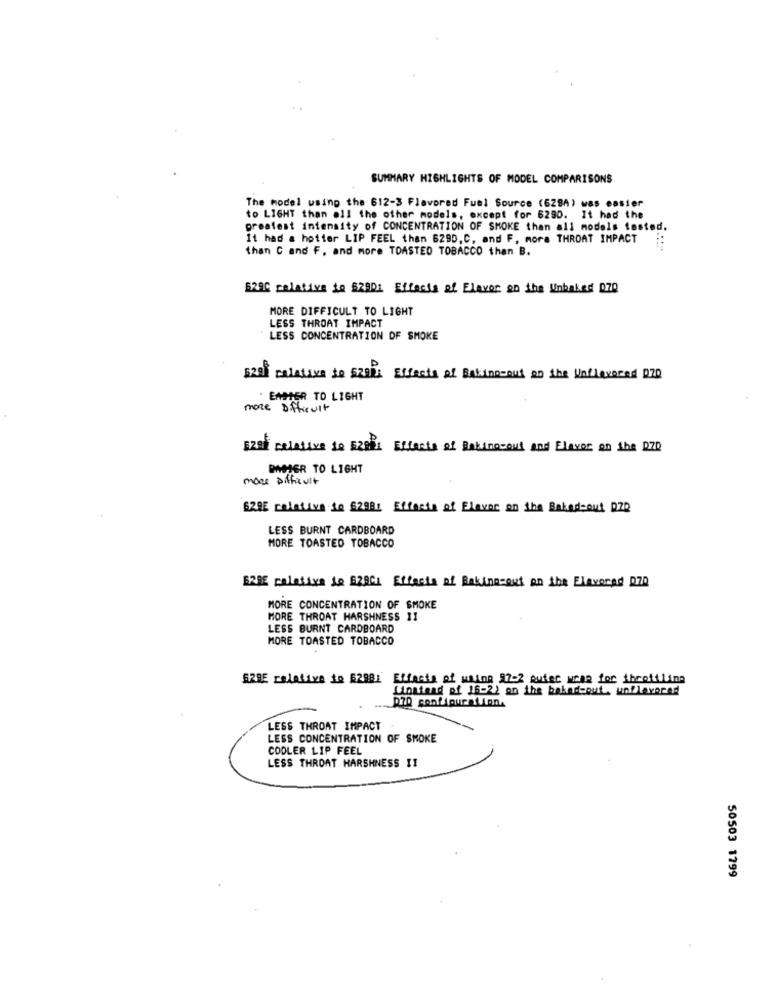
SUMMARY HIGHLIGHTS OF MODEL COMPARISONS
The model using the 612-3 Flavored Fuel Source (628A) was easier
to LIGHT than all the other models, except for 6290. It had the
greatest intensity of CONCENTRATION OF SMOKE than all models tested.
It had a hotter LIP FEEL than 6290, C, and F, mora THROAT IMPACT
than C and F. and more TOASTED TOBACCO than B.
629C relative to 52901 Effects of Elever on the Unbaked 070
MORE DIFFICULT TO LIGHT
LESS THROAT IMPACT
LESS CONCENTRATION OF SMOKE
szal calataxa de SZER: Effects of Baking-out on the Unflavored 070
. EASIER TO LIGHT
more Difficult
szal relative io E281 Effects of Baking-out and Elavor on the DID
POTER TO LIGHT
more Difficult
628E relative So 62881 Effects of Flavor on the Baked-out DID
LESS BURNT CARDBOARD
MORE TOASTED TOBACCO
B2BE calativa je 62901 Effasta af Rakinesout an the Elavorad D70
MORE CONCENTRATION OF SMOKE
MORE THROAT HARSHNESS 11
LESS BURNT CARDBOARD
MORE TOASTED TOBACCO
STRE relative to 52881 Effects of wing 27-2 outer wear for throttling
Linatand of 16-22 on the bakerbout, unflavored
LESS THROAT IMPACT
LESS CONCENTRATION OF SMOKE
COOLER LIP FEEL
LESS THROAT HARSHNESS I1
50503 1799